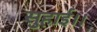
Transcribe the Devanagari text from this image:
सुहाई।।